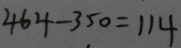
4 6 4 - 3 5 0 = 1 1 4